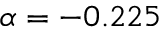
\alpha = - 0 . 2 2 5